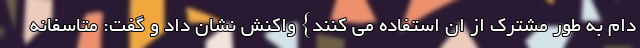
دام به طور مشترک از ان استفاده می کنند} واکنش نشان داد و گفت: متاسفانه